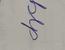
Signature authenticity: forged